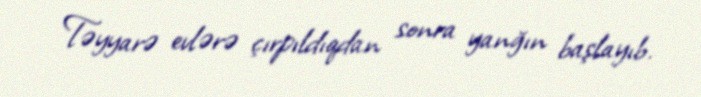
Təyyarə evlərə çırpıldıqdan sonra yanğın başlayıb.